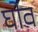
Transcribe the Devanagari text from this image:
घोव